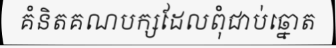
គំនិតគណបក្សដែលពុំជាប់ឆ្នោត